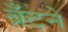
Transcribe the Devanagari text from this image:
ब्रँटने